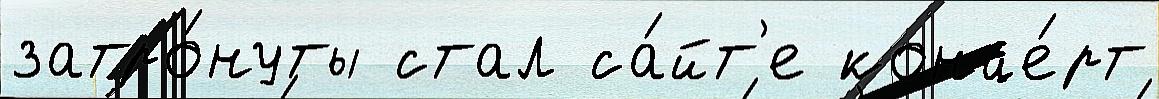
затро́нуты стал са́йт'е конце́рт